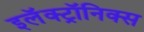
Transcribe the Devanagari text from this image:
इलॅक्ट्रॉनिक्स